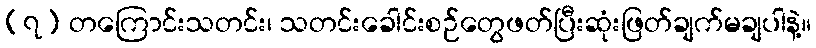
(၇) တကြောင်းသတင်း၊ သတင်းခေါင်းစဉ်တွေဖတ်ပြီးဆုံးဖြတ်ချက်မချပါနဲ့။